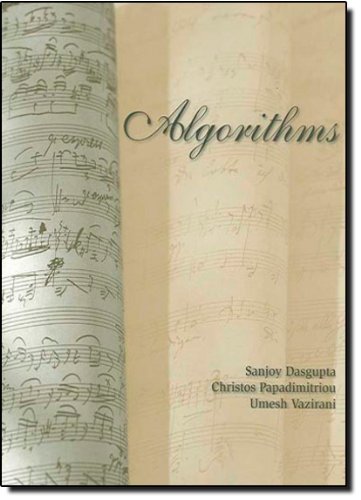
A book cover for Algorithms; Sanjoy Dasgupta; Computers & Technology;